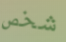
شخص